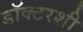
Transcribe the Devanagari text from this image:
डॉक्टरशी